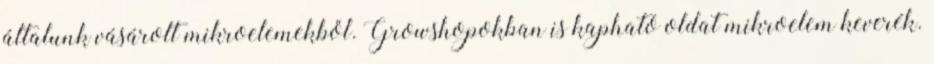
általunk vásárolt mikroelemekből. Growshopokban is kapható oldat mikroelem keverék.